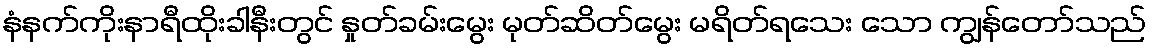
နံနက်ကိုးနာရီထိုးခါနီးတွင် နှုတ်ခမ်းမွေး မုတ်ဆိတ်မွေး မရိတ်ရသေး သော ကျွန်တော်သည်